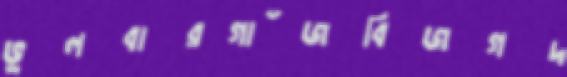
ভুলবারগাঁজবিজগদ